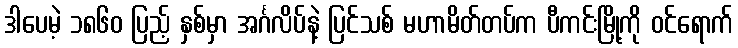
ဒါပေမဲ့ ၁၈၆၀ ပြည့် နှစ်မှာ အင်္ဂလိပ်နဲ့ ပြင်သစ် မဟာမိတ်တပ်က ပီကင်းမြို့ကို ဝင်ရောက်